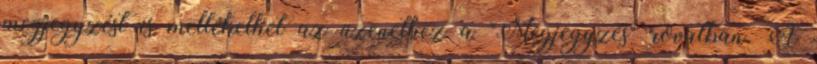
megjegyzést is mellékelhet az üzenethez a "Megjegyzés" rovatban. A